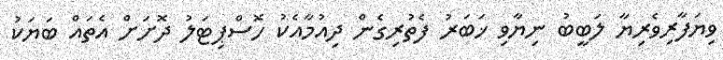
ވިޔަފާރިވެރިޔާ ލަބީބު ނިޔާވި ޚަބަރު ފެތުރިގެން ދިއުމާއެކު ހޮސްޕިޓަލު ދޮށަށް އެތައް ބަޔަކު